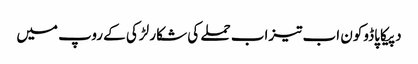
دپیکا پاڈوکون اب تیزاب حملے کی شکار لڑکی کے روپ میں